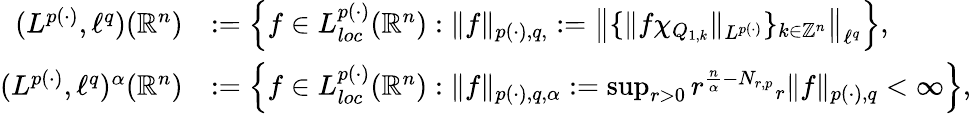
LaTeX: \begin{array}{rl}{(L^{p(\cdot)},\ell^{q})(\mathbb{R}^{n})}&{:=\left\{ f\in L_{loc}^{p(\cdot)}(\mathbb{R}^{n}):\| f\| _{p(\cdot),q,}:=\big\| \{ \| f\chi_{Q_{1,k}}\| _{L^{p(\cdot)}}\} _{k\in\mathbb{Z}^{n}}\big\| _{\ell^{q}}\right\} ,}\\ {(L^{p(\cdot)},\ell^{q})^{\alpha}({\mathbb R}^{n})}&{:=\left\{ f\in L_{loc}^{p(\cdot)}({\mathbb R}^{n}):\| f\| _{p(\cdot),q,\alpha}:=\operatorname*{sup}_{r>0}r^{\frac{n}{\alpha}-N_{r,p}}{_r\| f\| _{p(\cdot),q}}<\infty\right\} ,}\end{array}